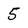
Character: 5